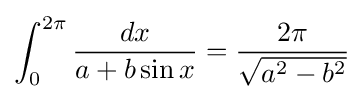
\int _{0}^{2\pi }{\frac {dx}{a+b\sin x}}={\frac {2\pi }{\sqrt {a^{2}-b^{2}}}}